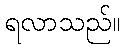
ရလာသည်။